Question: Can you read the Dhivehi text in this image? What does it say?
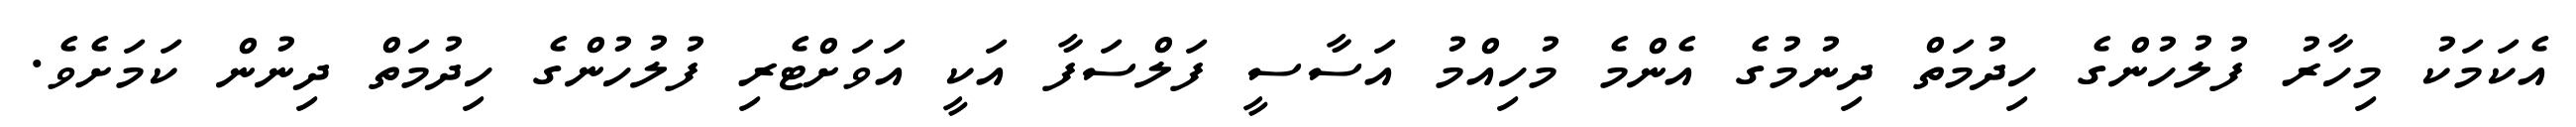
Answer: އެކަމަކު މިހާރު ފުލުހުންގެ ހިދުމަތް ދިނުމުގެ އެންމެ މުހިއްމު އަސާސީ ފަލްސަފާ އަކީ އަވަށްޓެރި ފުލުހުންގެ ހިދުމަތް ދިނުން ކަމަށެވެ.